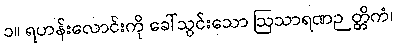
၁။ ရဟန်းလောင်းကို ခေါ်သွင်းသော ဩသာရဏဉတ္တိကံ၊